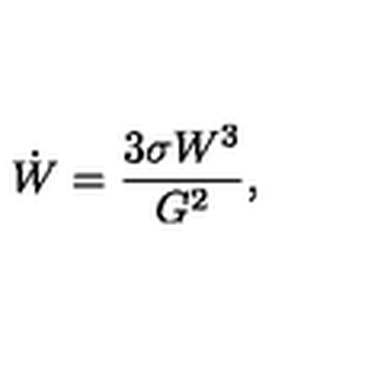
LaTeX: \dot { W } = \frac { 3 \sigma W ^ { 3 } } { G ^ { 2 } } ,